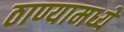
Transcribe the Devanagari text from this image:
ठाण्यामध्ये